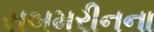
સબમરીનના